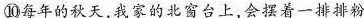
⑩每年的秋天，我家的北窗台上，会摆着一排排粉